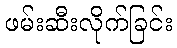
ဖမ်းဆီးလိုက်ခြင်း